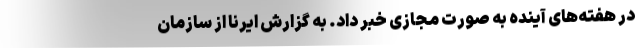
در هفته‌های آینده به صورت مجازی خبر داد. به گزارش ایرنا از سازمان